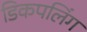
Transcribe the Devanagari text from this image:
डिकपलिंग